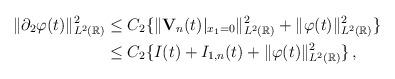
LaTeX: \begin{align*}\Vert\partial_2\varphi(t)\Vert^2_{L^2(\mathbb R)}&\le C_2\{\Vert{\mathbf V}_n(t)\vert_{x_1=0}\Vert^2_{L^2(\mathbb R)}+\Vert\varphi(t)\Vert^2_{L^2(\mathbb R)}\}\\&\le C_2\{I(t)+I_{1,n}(t)+\Vert\varphi(t)\Vert^2_{L^2(\mathbb R)}\}\,,\end{align*}